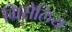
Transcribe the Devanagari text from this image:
ग्रिसेलिय